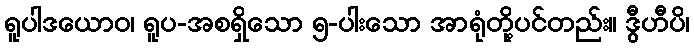
ရူပါဒယောဝ၊ ရူပ-အစရှိသော ၅-ပါးသော အာရုံတို့ပင်တည်း။ ဒွီဟီပိ၊